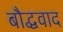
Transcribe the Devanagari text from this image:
बौद्धवाद